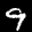
Label: 9